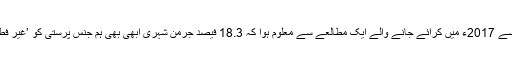
امتیازی سلوک کے خلاف کام کرنے والی جرمن وفاقی ایجنسی کی طرف سے 2017ء میں کرائے جانے والے ایک مطالعے سے معلوم ہوا کہ 18.3 فیصد جرمن شہری ابھی بھی ہم جنس پرستی کو ’غیر فطری‘ عمل سجھتے ہیں جبکہ 9.7 فیصد اسے ’غیر اخلاقی‘ قرار دیتے ہیں۔